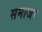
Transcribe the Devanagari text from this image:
समाजा